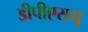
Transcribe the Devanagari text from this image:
डीपीएसयू